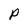
Character: P